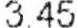
3.45